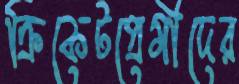
ক্রিকেটপ্রেমীদের